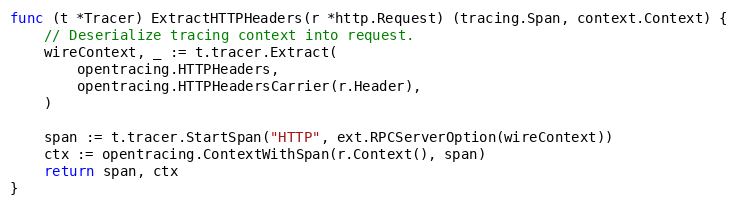
Language: Go
func (t *Tracer) ExtractHTTPHeaders(r *http.Request) (tracing.Span, context.Context) {
	// Deserialize tracing context into request.
	wireContext, _ := t.tracer.Extract(
		opentracing.HTTPHeaders,
		opentracing.HTTPHeadersCarrier(r.Header),
	)

	span := t.tracer.StartSpan("HTTP", ext.RPCServerOption(wireContext))
	ctx := opentracing.ContextWithSpan(r.Context(), span)
	return span, ctx
}